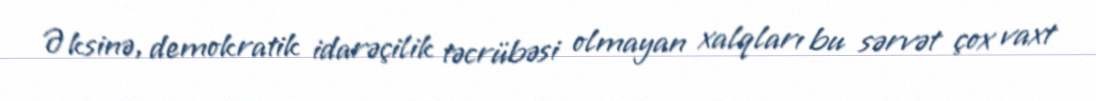
Əksinə, demokratik idarəçilik təcrübəsi olmayan xalqları bu sərvət çox vaxt